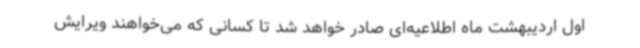
اول اردیبهشت ماه اطلاعیه‌ای صادر خواهد شد تا کسانی که می‌خواهند ویرایش